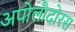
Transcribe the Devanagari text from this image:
अपोलौदोरस